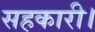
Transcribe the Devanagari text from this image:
सहकारी।